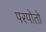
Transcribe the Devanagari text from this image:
परपोतो